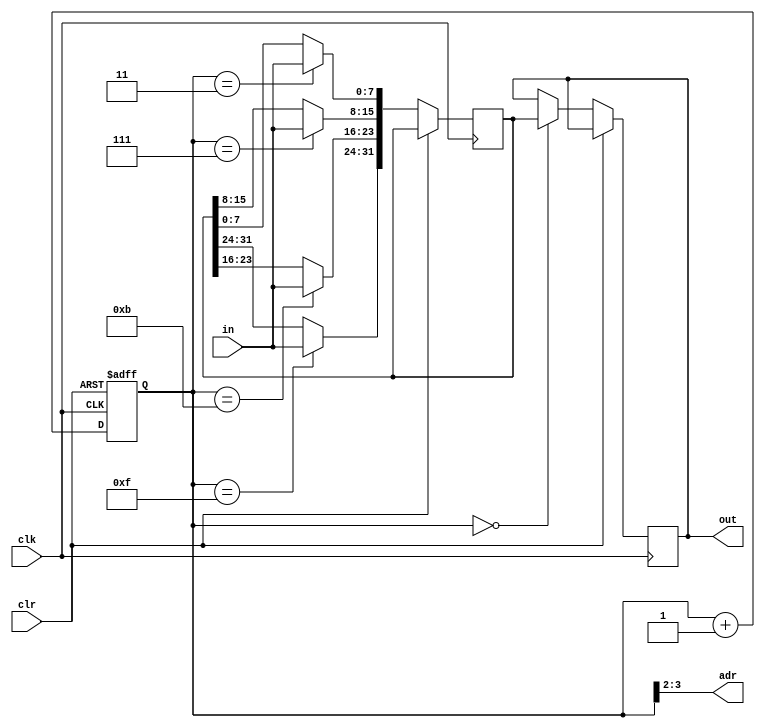
/*
*   Introduction to FPGA and Verilog
*
*   Viktor Prutyanov, 2019
*
*   Counter to 10
*/

module countread(
    clk,
	 clr,
	 in,
	 adr,
    out
);

input clk;
input clr;
input [7:0]in;
output [1:0]adr;
output [31:0]out;
reg [31:0]out;
reg [31:0]buffer;

reg [3:0]cnt = 0;

assign adr[1] = cnt[3];
assign adr[0] = cnt[2];

always @(posedge clk or posedge clr) begin
    if (clr)
        cnt <= 0;
    else begin
        case(cnt)
		  0:begin
		  out <= buffer;
		  end
		  3:begin
		  buffer[7:0] <= in[7:0];
		  end
		  7:begin
		  buffer[15:8] <= in[7:0];
		  end
		  11:begin
		  buffer[23:16] <= in[7:0];
		  end
		  15:begin
		  buffer[31:24] <= in[7:0];
		  end
		  endcase
		  cnt <= cnt + 1;
	 end	  
end

endmodule